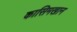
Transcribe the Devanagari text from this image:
कासिमखान